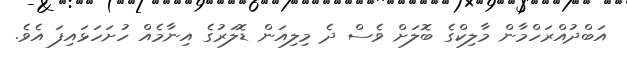
އަބްދުއްރަހްމާން މާލިކްގެ ބޮލަށް ވެސް ދެ މިލިއަން ޑޮލަރުގެ އިނާމެއް ހުށަހަޅައިފަ އެވެ.